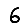
Digit: 6